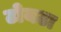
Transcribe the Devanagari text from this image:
टोयटा